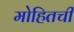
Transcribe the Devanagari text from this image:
मोहितची